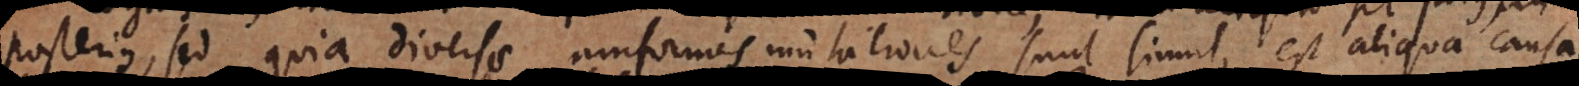
posterius, sed quia diversae uniformes mutationes sunt simul, est aliqua causa